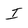
Character: I